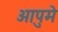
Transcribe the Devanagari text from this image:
आपुमे